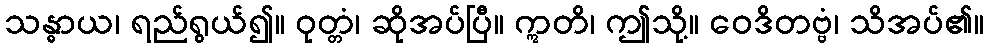
သန္ဓာယ၊ ရည်ရွယ်၍။ ဝုတ္တံ၊ ဆိုအပ်ပြီ။ ဣတိ၊ ဤသို့။ ဝေဒိတဗ္ဗံ၊ သိအပ်၏။